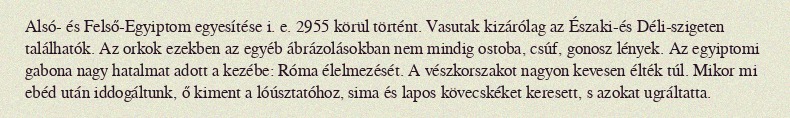
Alsó- és Felső-Egyiptom egyesítése i. e. 2955 körül történt. Vasutak kizárólag az Északi-és Déli-szigeten találhatók. Az orkok ezekben az egyéb ábrázolásokban nem mindig ostoba, csúf, gonosz lények. Az egyiptomi gabona nagy hatalmat adott a kezébe: Róma élelmezését. A vészkorszakot nagyon kevesen élték túl. Mikor mi ebéd után iddogáltunk, ő kiment a lóúsztatóhoz, sima és lapos kövecskéket keresett, s azokat ugráltatta.